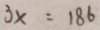
3 x = 1 8 6